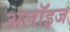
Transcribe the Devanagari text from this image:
अलॉइज